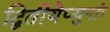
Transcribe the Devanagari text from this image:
द्वितीयेप्युक्तं